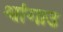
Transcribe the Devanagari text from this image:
श्वांगाउ